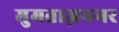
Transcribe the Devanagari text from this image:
मुमताज़नगर